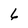
Character: 6